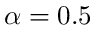
\alpha = 0 . 5